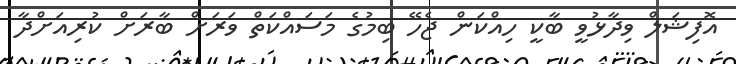
އޮފިޝަލް ވިދާޅުވީ ބާކީ ހިއްކަން ޖެހޭ ބިމުގެ މަސައްކަތް ވަރަށް ބާރަށް ކުރިއަށްދާ